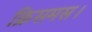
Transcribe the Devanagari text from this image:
क्रिसमस।